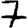
Digit: 7